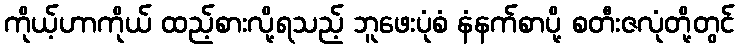
ကိုယ့်ဟာကိုယ် ထည့်စားလို့ရသည့် ဘူဖေးပုံစံ နံနက်စာပို့ စတီးဇလုံတို့တွင်